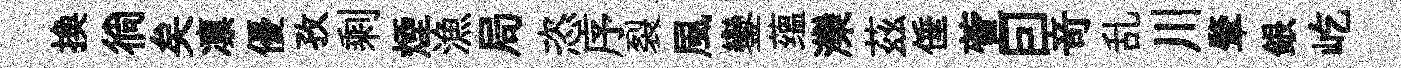
換徜矣凛優孜剩煙漁局恣序裂風鑾蕴灤茲倕萱囙竒乱川肇銀屹